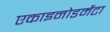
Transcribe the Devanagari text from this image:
एकाइनोडर्मेटा